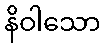
နိဝါသော